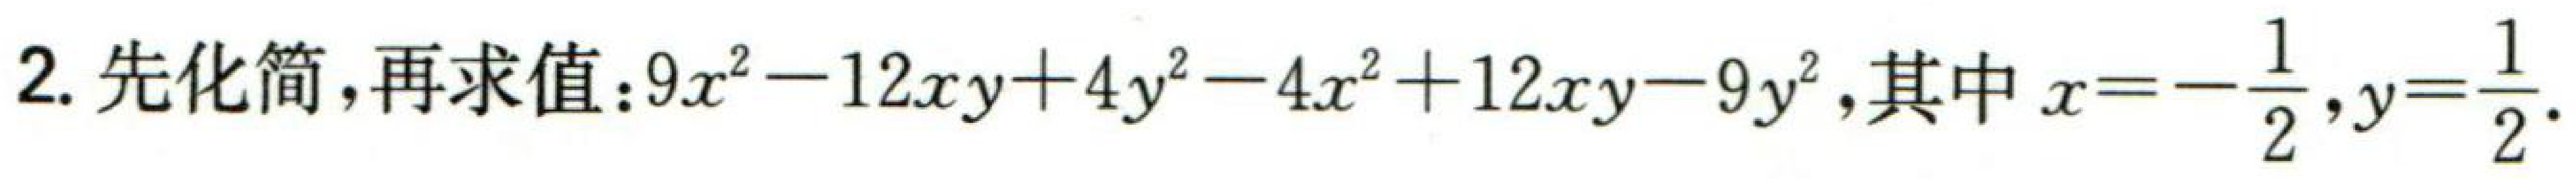
2. 先化简，再求值：\(9x^{2}-12xy + 4y^{2}-4x^{2}+12xy - 9y^{2}\)，其中\(x = -\frac{1}{2}\)，\(y = \frac{1}{2}\)。